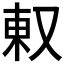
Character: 𫨽